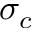
\sigma _ { c }